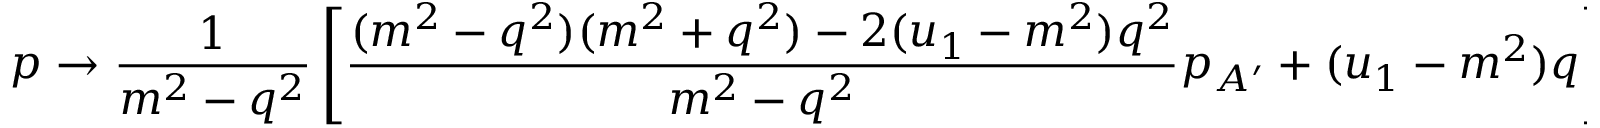
p \rightarrow \frac { 1 } { m ^ { 2 } - q ^ { 2 } } \left[ \frac { ( m ^ { 2 } - q ^ { 2 } ) ( m ^ { 2 } + q ^ { 2 } ) - 2 ( u _ { 1 } - m ^ { 2 } ) q ^ { 2 } } { m ^ { 2 } - q ^ { 2 } } p _ { A ^ { \prime } } + ( u _ { 1 } - m ^ { 2 } ) q \right] ~ ,